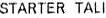
STARTER TALI